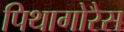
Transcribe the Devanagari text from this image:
पिथागोरैस